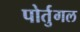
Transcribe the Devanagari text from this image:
पोर्तुगल